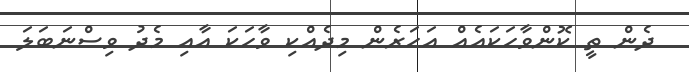
ދެން ތީ ކޮންވާހަކައެއް އަހަރެން މިދެއްކި ވާހަކަ އާއި މެދު ވިސްނަބަލަ